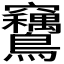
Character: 𫛙